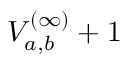
V _ { a , b } ^ { ( \infty ) } + 1